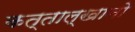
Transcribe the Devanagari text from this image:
कत्ताल्खानो